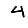
Digit: 4